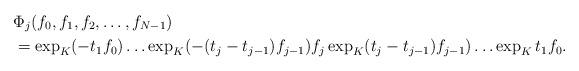
LaTeX: \begin{align*}&\Phi_j(f_0,f_1,f_2,\ldots,f_{N-1})\\ & =\exp_K (-t_1f_0)\ldots \exp_K(-(t_j-t_{j-1})f_{j-1})f_j\exp_K(t_j-t_{j-1})f_{j-1})\ldots\exp_K t_1f_0.\end{align*}